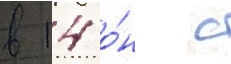
в 14 о́н с